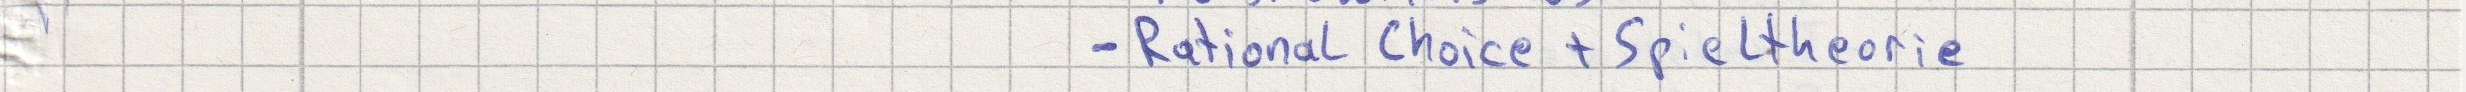
- Rational Choice + Spieltheorie